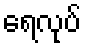
ရေလုပ်